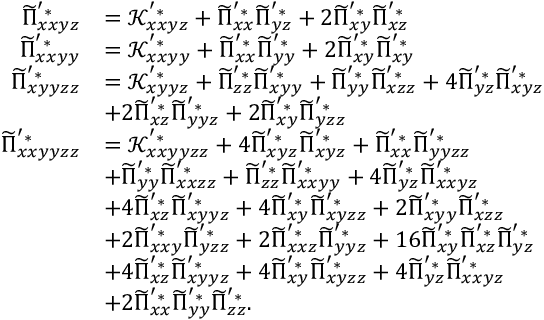
\begin{array} { r l } { \widetilde { \Pi } _ { x x y z } ^ { ' * } } & { = \mathcal { K } _ { x x y z } ^ { ' * } + \widetilde { \Pi } _ { x x } ^ { ' * } \widetilde { \Pi } _ { y z } ^ { ' * } + 2 \widetilde { \Pi } _ { x y } ^ { ' * } \widetilde { \Pi } _ { x z } ^ { ' * } } \\ { \widetilde { \Pi } _ { x x y y } ^ { ' * } } & { = \mathcal { K } _ { x x y y } ^ { ' * } + \widetilde { \Pi } _ { x x } ^ { ' * } \widetilde { \Pi } _ { y y } ^ { ' * } + 2 \widetilde { \Pi } _ { x y } ^ { ' * } \widetilde { \Pi } _ { x y } ^ { ' * } } \\ { \widetilde { \Pi } _ { x y y z z } ^ { ' * } } & { = \mathcal { K } _ { x y y z } ^ { ' * } + \widetilde { \Pi } _ { z z } ^ { ' * } \widetilde { \Pi } _ { x y y } ^ { ' * } + \widetilde { \Pi } _ { y y } ^ { ' * } \widetilde { \Pi } _ { x z z } ^ { ' * } + 4 \widetilde { \Pi } _ { y z } ^ { ' * } \widetilde { \Pi } _ { x y z } ^ { ' * } } \\ & { + 2 \widetilde { \Pi } _ { x z } ^ { ' * } \widetilde { \Pi } _ { y y z } ^ { ' * } + 2 \widetilde { \Pi } _ { x y } ^ { ' * } \widetilde { \Pi } _ { y z z } ^ { ' * } } \\ { \widetilde { \Pi } _ { x x y y z z } ^ { ' * } } & { = \mathcal { K } _ { x x y y z z } ^ { ' * } + 4 \widetilde { \Pi } _ { x y z } ^ { ' * } \widetilde { \Pi } _ { x y z } ^ { ' * } + \widetilde { \Pi } _ { x x } ^ { ' * } \widetilde { \Pi } _ { y y z z } ^ { ' * } } \\ & { + \widetilde { \Pi } _ { y y } ^ { ' * } \widetilde { \Pi } _ { x x z z } ^ { ' * } + \widetilde { \Pi } _ { z z } ^ { ' * } \widetilde { \Pi } _ { x x y y } ^ { ' * } + 4 \widetilde { \Pi } _ { y z } ^ { ' * } \widetilde { \Pi } _ { x x y z } ^ { ' * } } \\ & { + 4 \widetilde { \Pi } _ { x z } ^ { ' * } \widetilde { \Pi } _ { x y y z } ^ { ' * } + 4 \widetilde { \Pi } _ { x y } ^ { ' * } \widetilde { \Pi } _ { x y z z } ^ { ' * } + 2 \widetilde { \Pi } _ { x y y } ^ { ' * } \widetilde { \Pi } _ { x z z } ^ { ' * } } \\ & { + 2 \widetilde { \Pi } _ { x x y } ^ { ' * } \widetilde { \Pi } _ { y z z } ^ { ' * } + 2 \widetilde { \Pi } _ { x x z } ^ { ' * } \widetilde { \Pi } _ { y y z } ^ { ' * } + 1 6 \widetilde { \Pi } _ { x y } ^ { ' * } \widetilde { \Pi } _ { x z } ^ { ' * } \widetilde { \Pi } _ { y z } ^ { ' * } } \\ & { + 4 \widetilde { \Pi } _ { x z } ^ { ' * } \widetilde { \Pi } _ { x y y z } ^ { ' * } + 4 \widetilde { \Pi } _ { x y } ^ { ' * } \widetilde { \Pi } _ { x y z z } ^ { ' * } + 4 \widetilde { \Pi } _ { y z } ^ { ' * } \widetilde { \Pi } _ { x x y z } ^ { ' * } } \\ & { + 2 \widetilde { \Pi } _ { x x } ^ { ' * } \widetilde { \Pi } _ { y y } ^ { ' * } \widetilde { \Pi } _ { z z } ^ { ' * } . } \end{array}